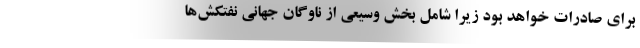
برای صادرات خواهد بود زیرا شامل بخش وسیعی از ناوگان جهانی نفتکش‌ها